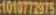
1010772975